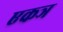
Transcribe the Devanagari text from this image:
एकञ